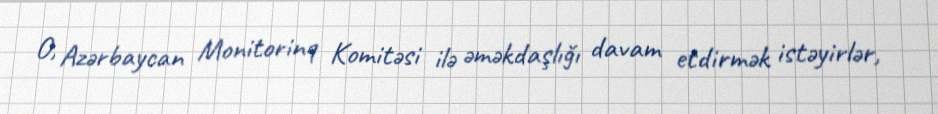
O, Azərbaycan Monitorinq Komitəsi ilə əməkdaşlığı davam etdirmək istəyirlər,